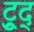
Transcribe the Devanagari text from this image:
ट्रुद्